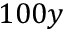
1 0 0 y